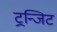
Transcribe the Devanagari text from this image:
ट्रन्जिट